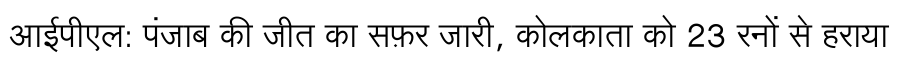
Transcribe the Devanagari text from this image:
आईपीएल: पंजाब की जीत का सफ़र जारी, कोलकाता को 23 रनों से हराया